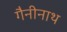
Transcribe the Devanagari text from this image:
गैनीनाथ